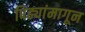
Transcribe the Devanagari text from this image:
पिढ्यांमागून